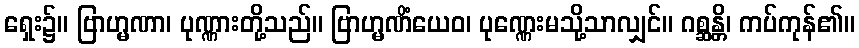
ရှေး၌။ ဗြာဟ္မဏာ၊ ပုဏ္ဏားတို့သည်။ ဗြာဟ္မဏိံယေဝ၊ ပုဏ္ဏေးမသို့သာလျှင်။ ဂစ္ဆန္တိ၊ ကပ်ကုန်၏။